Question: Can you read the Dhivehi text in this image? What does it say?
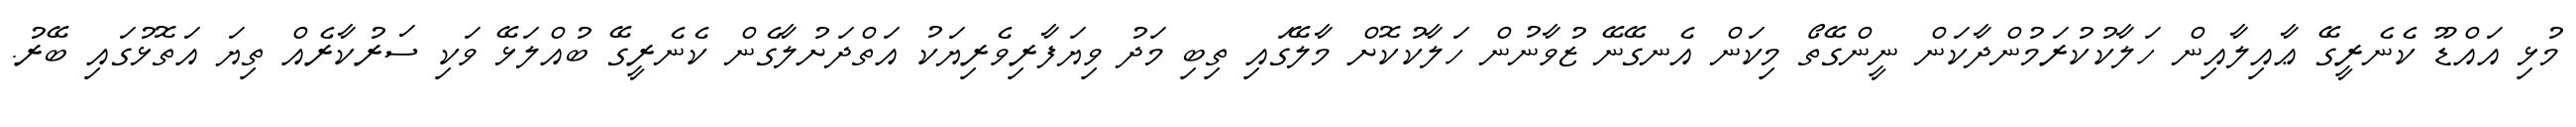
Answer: މުޅި އައްޑޫ ކެނެރީގޭ ޢާއިލާއިން ހަލާކުކުރަމުންދާކަން ނީންގޭތޯ މިކަން އެނގޭނޭ ޒުވާނުން ހަލާކުކޮށް މާލޭގައި ތިބި މަދު ވިޔަފާރިވެރިޔަކު އަތްދަށުލާގެން ކެނެރީގޭ ބުއްލަޅޭ ވަކި ސަރުކާރެއް ތިޔަ އަތޮޅުގައި ބޭރު.